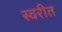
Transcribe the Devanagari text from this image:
स्वरीत